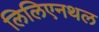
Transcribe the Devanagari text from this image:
लिलिएनथल